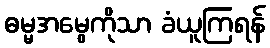
ဓမ္မအမွေကိုသာ ခံယူကြရန်